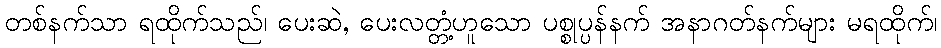
တစ်နက်သာ ရထိုက်သည်၊ ပေးဆဲ, ပေးလတ္တံ့ဟူသော ပစ္စုပ္ပန်နက် အနာဂတ်နက်များ မရထိုက်၊